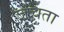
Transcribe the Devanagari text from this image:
जंचता